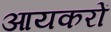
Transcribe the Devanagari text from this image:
आयकरों